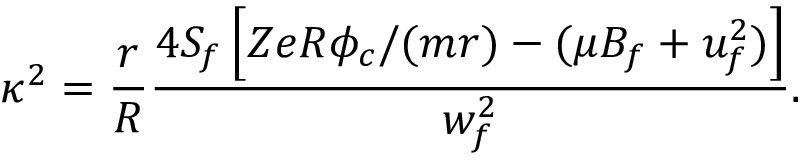
\kappa ^ { 2 } = \frac { r } { R } \frac { 4 S _ { f } \left[ Z e R \phi _ { c } / ( m r ) - ( \mu B _ { f } + u _ { f } ^ { 2 } ) \right] } { w _ { f } ^ { 2 } } .